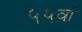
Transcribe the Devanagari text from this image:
५५वॉ